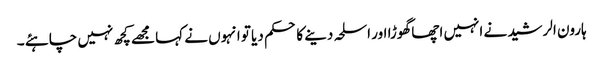
ہارون الرشید نے انہیں اچھا گھوڑا اور اسلحہ دینے کا حکم دیا تو انہوں نے کہا مجھے کچھ نہیں چاہئے ۔